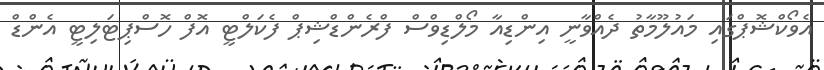
އެވޯކްޝޮޕްގައި މައުލޫމާތު ދެއްވާނީ އިންޑިއާ މޯލްޑިވްސް ފްރެންޑްޝިޕް ފެކަލްޓީ އޮފް ހޮސްޕިޓަލިޓީ އެންޑް